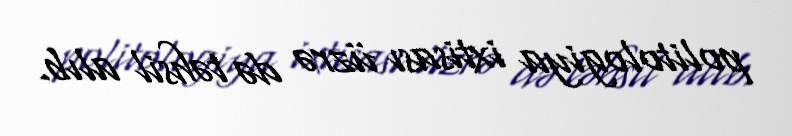
politologiya ixtisası üzrə də təhsil alıb.